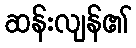
ဆန်းလျန်၏